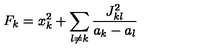
F _ { k } = x _ { k } ^ { 2 } + \sum _ { l \neq k } { \frac { J _ { k l } ^ { 2 } } { a _ { k } - a _ { l } } }